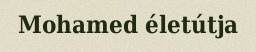
Mohamed életútja